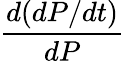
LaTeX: \frac{d(dP/dt)}{dP}